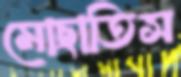
মোছাতিস